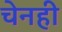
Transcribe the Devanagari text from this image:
चेनही